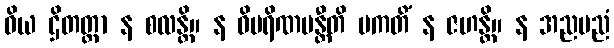
ဝိယ ဌိတတ္တာ န စလန္တိ။ န ဝိပရိဏမန္တီတိ ပကတိံ န ဇဟန္တိ။ န အညမညံ